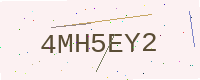
Text: 4MH5EY2